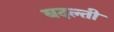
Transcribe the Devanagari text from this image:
बदल्ती